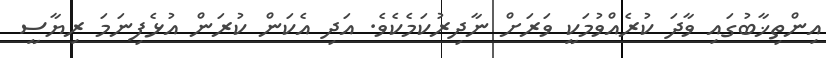
އިންތިޚާބުގައި ވާދަ ކުރެއްވުމަކީ ވަރަށް ނާދިރުކަމެކެވެ. އަދި އެކަން ކުރަން އުޅެފިނަމަ ރިޔާސީ